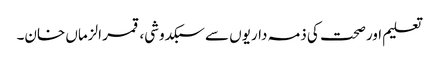
تعلیم اور صحت کی ذمہ داریوں سے سبکدوشی، قمر الزماں خان۔